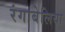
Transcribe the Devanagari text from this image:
रंगाबेलिया